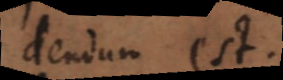
medium est.